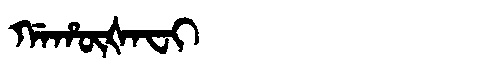
Manchu: ᡤᠠᡥᡡᡧᠠᠸᡳ
Romanization: GAHŪŠAFI